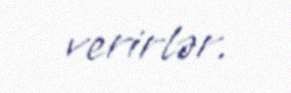
verirlər.